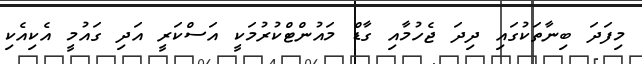
މިފަދަ ބިނާތަކުގައި ދިދަ ޖެހުމާއި ގާޑް މައުންޓްކުރުމަކީ އަސްކަރީ އަދި ގައުމީ އެކިއެކި